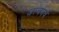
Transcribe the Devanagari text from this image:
अल्बमचे